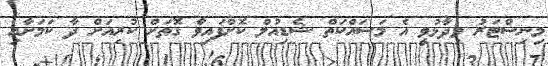
މިނިސްޓަރު ވިދާޅުވީ އެ މަސައްކަތް ޝެޑިއުލް ކޮށްފައިވާ ގޮތަށް ކުރިއަށް ދާ ކަމަށާއި